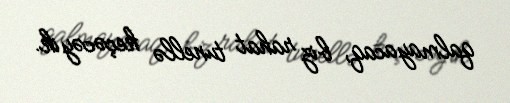
qalmayacaq, biz rahat tunellə keçəcəyik.